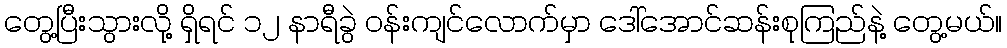
တွေ့ပြီးသွားလို့ ရှိရင် ၁၂ နာရီခွဲ ဝန်းကျင်လောက်မှာ ဒေါ်အောင်ဆန်းစုကြည်နဲ့ တွေ့မယ်။